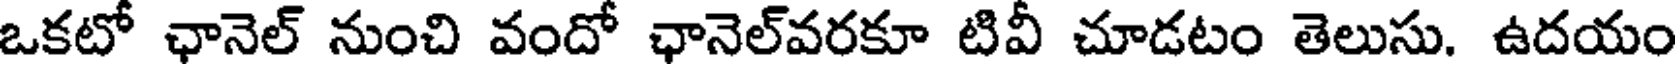
ఒకటో ఛానెల్ నుంచి వందో ఛానెల్వరకూ టివీ చూడటం తెలుసు. ఉదయం